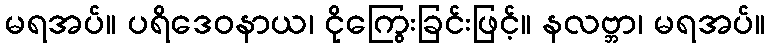
မရအပ်။ ပရိဒေဝနာယ၊ ငိုကြွေးခြင်းဖြင့်။ နလဗ္ဘာ၊ မရအပ်။